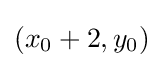
(x_{0}+2,y_{0})